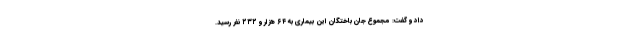
داد و گفت: مجموع جان باختگان این بیماری به ۶۴ هزار و ۲۳۲ نفر رسید.